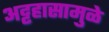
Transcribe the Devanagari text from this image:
अट्टहासामुळे